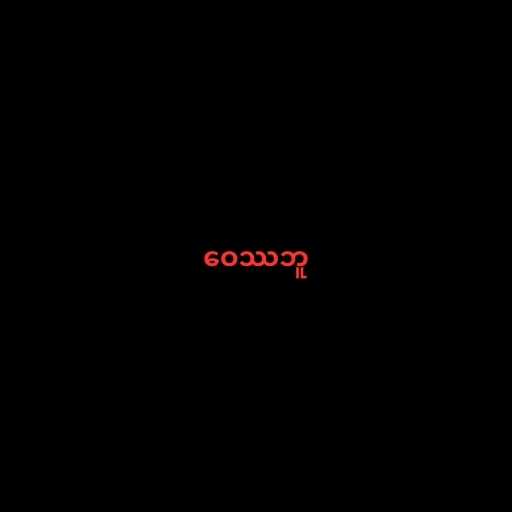
ဝေဿဘူ